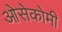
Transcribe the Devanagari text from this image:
ओसेकोमी